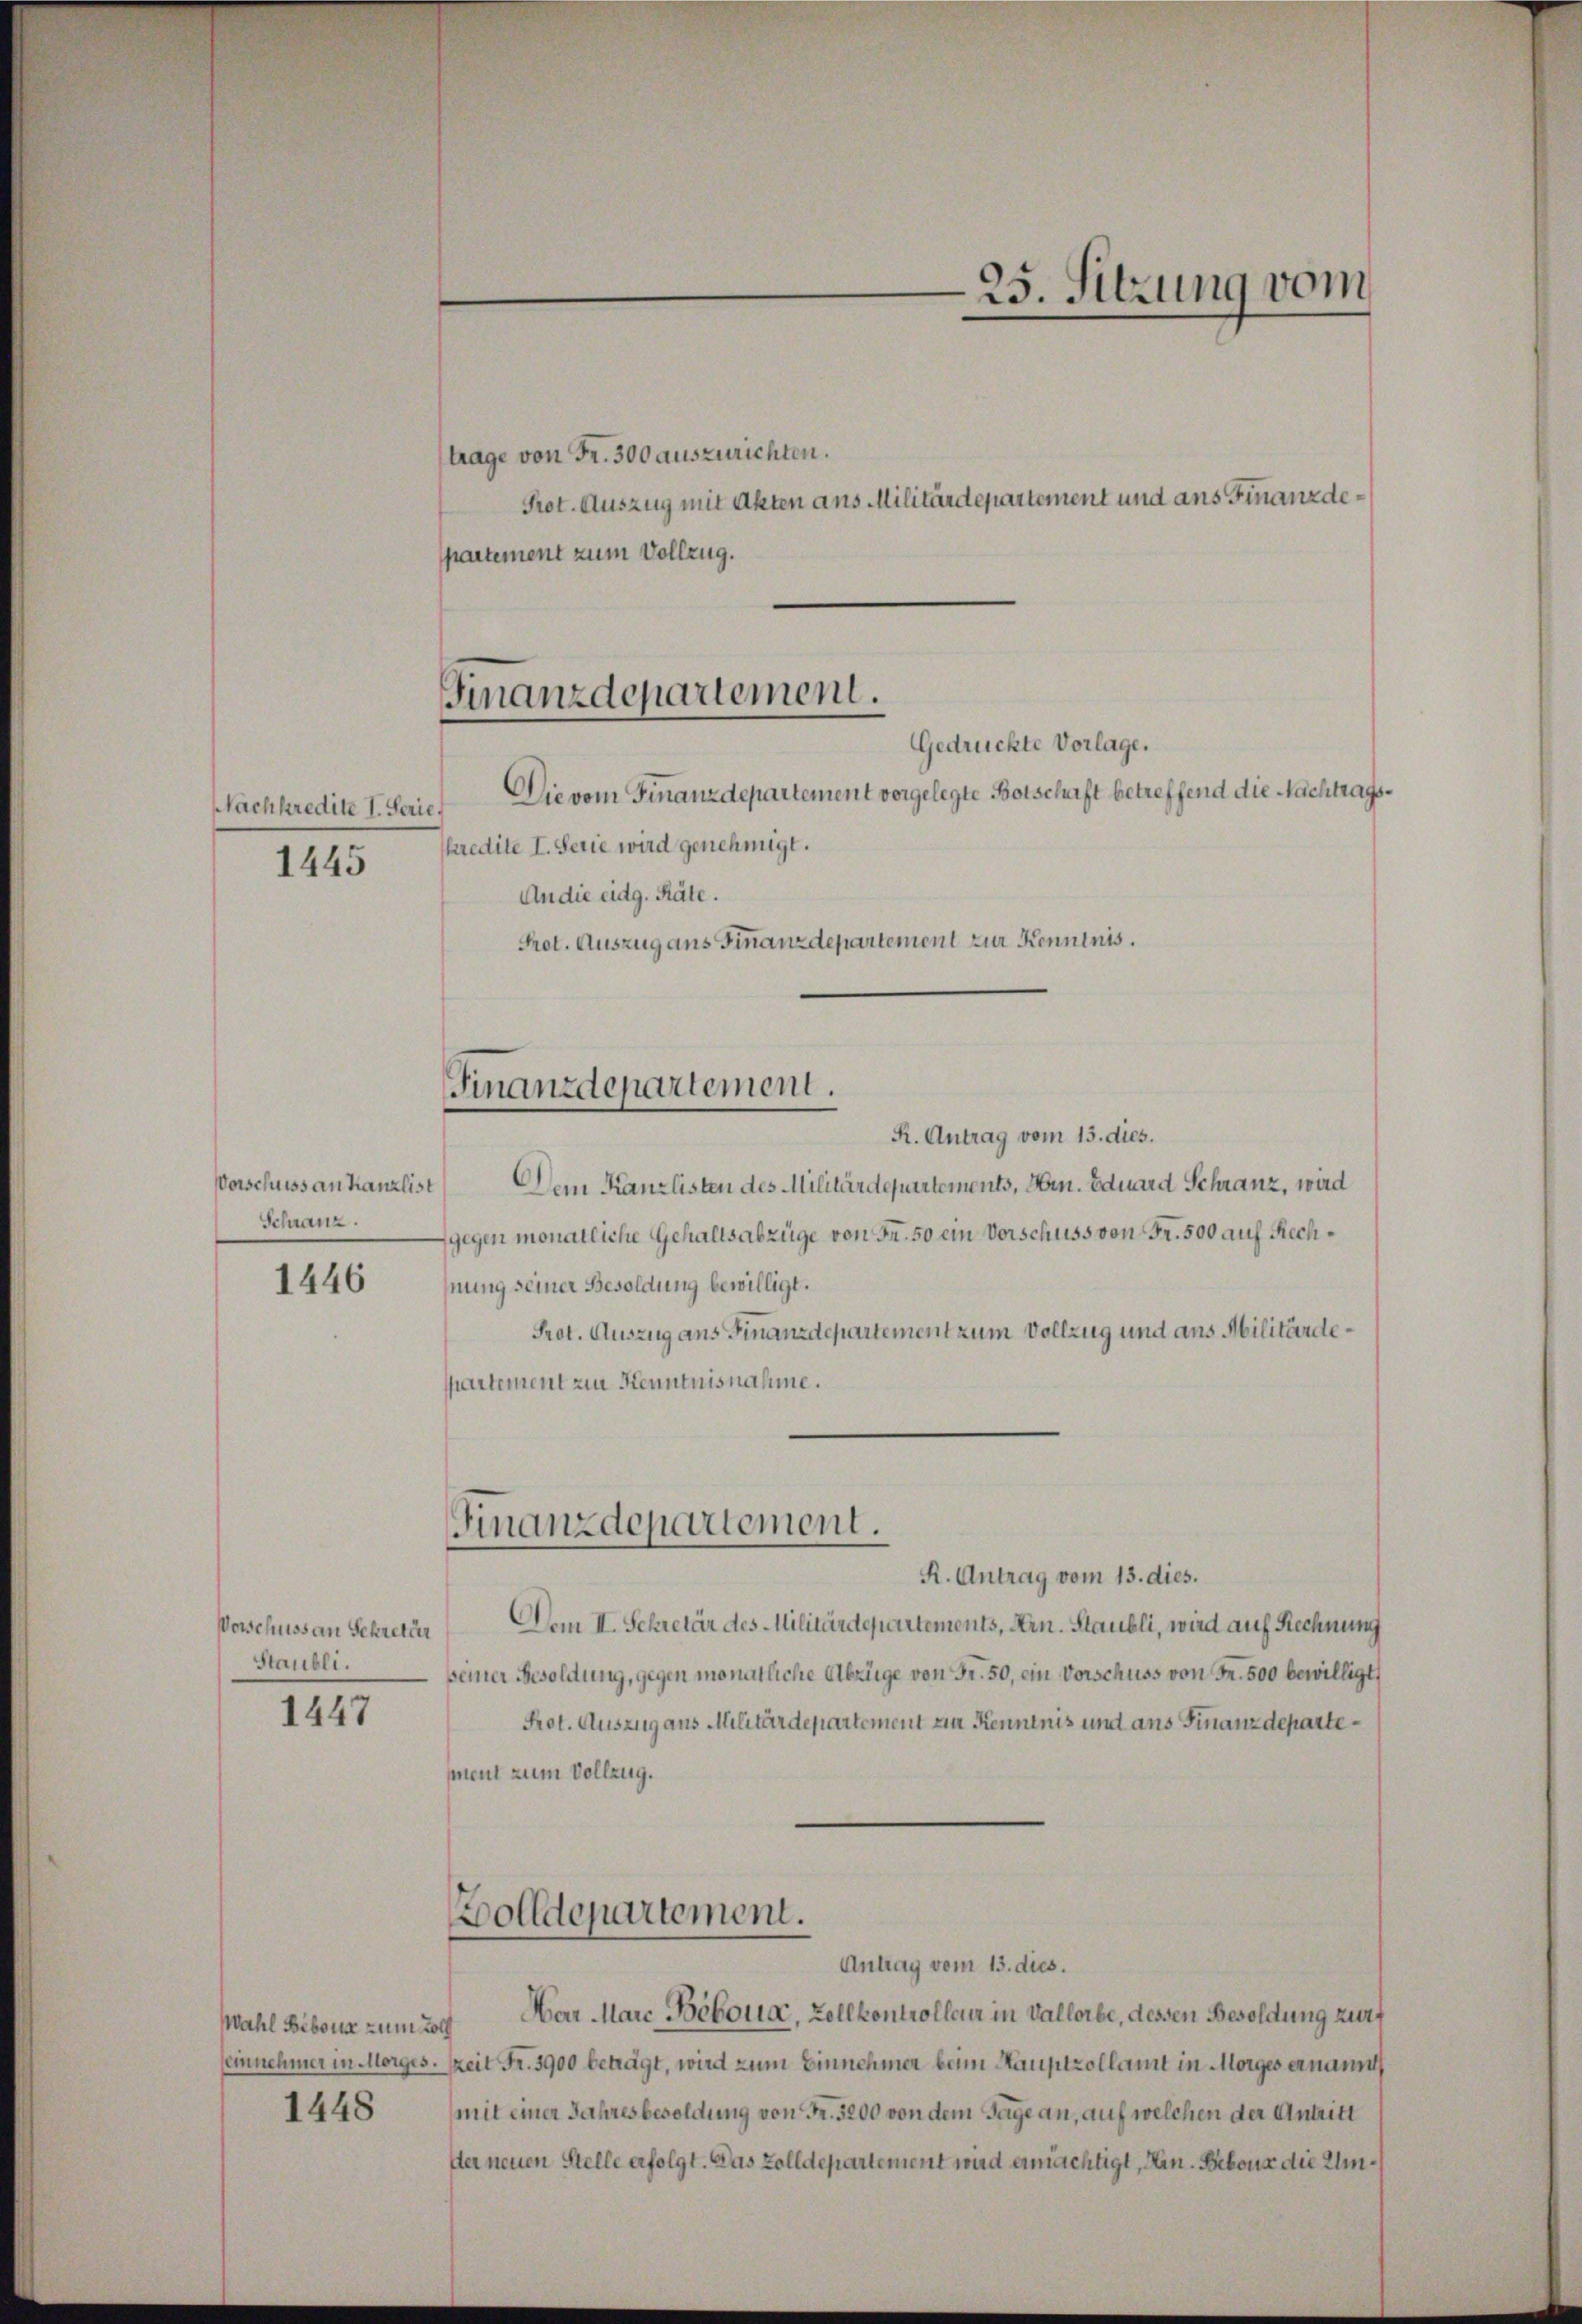
Nachkredite I. Serie.
1445

Vorschuss an kanzlist
Schranz.

1446

Vorschuss an Schretter
Staubli.

1447

Wahl Bebour zum Roll
1448

trage von Fr. 300 auszurichten.
Prot. Auszug mit Akten aus Militärdepartement und aus Finanzdespartement zum Vollzug.

Finanzdepartement.
Gedrückte Vorlage.

Die vom Finanzdepartement vorgelegte Botschaft betreffend die Nachtragskredite I. Serie wird genehmigt.
An die eidg. Räte.
Prot. Auszug ans Finanzdepartement zur Kenntnis.

Finanzdepartement.

R. Antrag vom 13. dies.
Dem Kanzlisten des Militärdepartements, Hrn. Eduard Schranz, wird
gegen monatliche Gehaltsabzüge von Fr. 50 ein Vorschuss von Fr. 500 auf Rechnung seiner Besoldung bewilligt.
Prot. Auszug aus Finanzdepartement zum Vollzug und aus Militärdespartement zur Kenntnisnahme.

Finanzdepartement.

olldepartement.

e
25. Sitzung vom

R. Antrag vom 13. dies.
Dem II. Schretär des Militärdepartements, Arn. Staubli, wird auf Rechnung
seiner Besoldung, gegen monatliche Abzüge von Fr. 50, ein Vorschuss von Fr. 500 bewilligt,
Prot. Auszug aus Militärdepartement zu Kenntnis und aus Finanzdepartement zum Vollzug.

Antrag vom 13. dies.
Mar Marc Béboua, Zollkontrolleur in Vallorbe, dessen Besoldung zur
seinnehmer in Morges. Zeit Fr. 3900 beträgt, wird zum Einnehmen beim Hauptzollamt in Morges ernannt
(mit einer Jahresbesoldung von Fr. 3200 von dem Tage an, auf welchen der Antritt
ster neuen Stelle erfolgt. Das Zolldepartement wird ermächtigt, Hrn. Bebona die Um¬